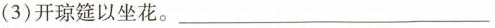
(3)开琼筵以坐花。___